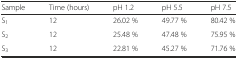
<table><thead><tr><td><b>Sample</b></td><td><b>Time (hours)</b></td><td><b>pH 1.2</b></td><td><b>pH 5.5</b></td><td><b>pH 7.5</b></td></tr></thead><tbody><tr><td>S<sub>1</sub></td><td>12</td><td>26.02 %</td><td>49.77 %</td><td>80.42 %</td></tr><tr><td>S<sub>2</sub></td><td>12</td><td>25.48 %</td><td>47.48 %</td><td>75.95 %</td></tr><tr><td>S<sub>3</sub></td><td>12</td><td>22.81 %</td><td>45.27 %</td><td>71.76 %</td></tr></tbody></table>